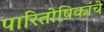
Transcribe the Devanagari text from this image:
पारितोषिकांचे